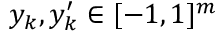
y _ { k } , y _ { k } ^ { \prime } \in [ - 1 , 1 ] ^ { m }